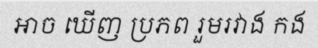
អាច ឃើញ ប្រភព រួមរវាង កង